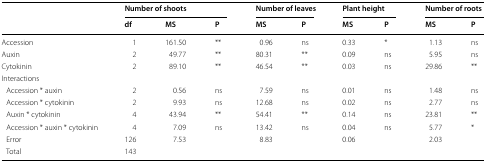
| <ROWSPAN=2>  | <COLSPAN=3> Number of shoots | <COLSPAN=2> Number of leaves | <COLSPAN=2> Plant height | <COLSPAN=2> Number of roots |
 | df | MS | P | MS | P | MS | P | MS | P |
 | --- | --- | --- | --- | --- | --- | --- | --- | --- | --- |
 | Accession | 1 | 161.50 | ** | 0.96 | ns | 0.33 | * | 1.13 | ns |
 | Auxin | 2 | 49.77 | ** | 80.31 | ** | 0.09 | ns | 5.95 | ns |
 | Cytokinin | 2 | 89.10 | ** | 46.54 | ** | 0.03 | ns | 29.86 | ** |
 | <COLSPAN=10> Interactions |
 | Accession * auxin | 2 | 0.56 | ns | 7.59 | ns | 0.01 | ns | 1.48 | ns |
 | Accession * cytokinin | 2 | 9.93 | ns | 12.68 | ns | 0.02 | ns | 2.77 | ns |
 | Auxin * cytokinin | 4 | 43.94 | ** | 54.41 | ** | 0.14 | ns | 23.81 | ** |
 | Accession * auxin * cytokinin | 4 | 7.09 | ns | 13.42 | ns | 0.04 | ns | 5.77 | * |
 | Error | 126 | 7.53 |  | 8.83 |  | 0.06 |  | 2.03 |  |
 | Total | 143 |  |  |  |  |  |  |  |  |